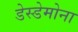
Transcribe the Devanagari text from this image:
डेस्डेमोना